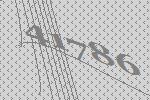
41786